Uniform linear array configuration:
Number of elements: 12
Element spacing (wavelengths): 0.5
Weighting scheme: blackman
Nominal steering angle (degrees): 60
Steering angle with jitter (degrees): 61.603
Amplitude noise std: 0.05
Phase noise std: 0.05

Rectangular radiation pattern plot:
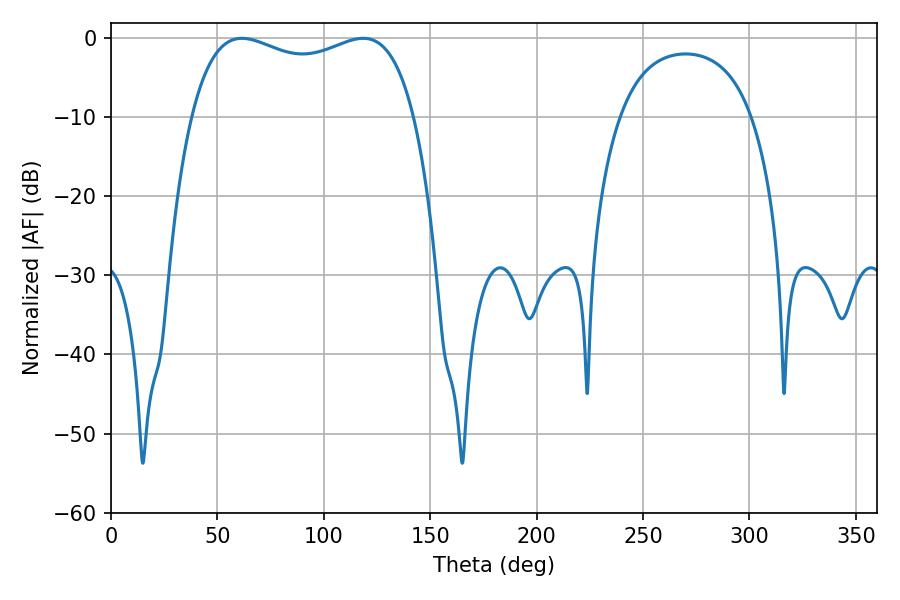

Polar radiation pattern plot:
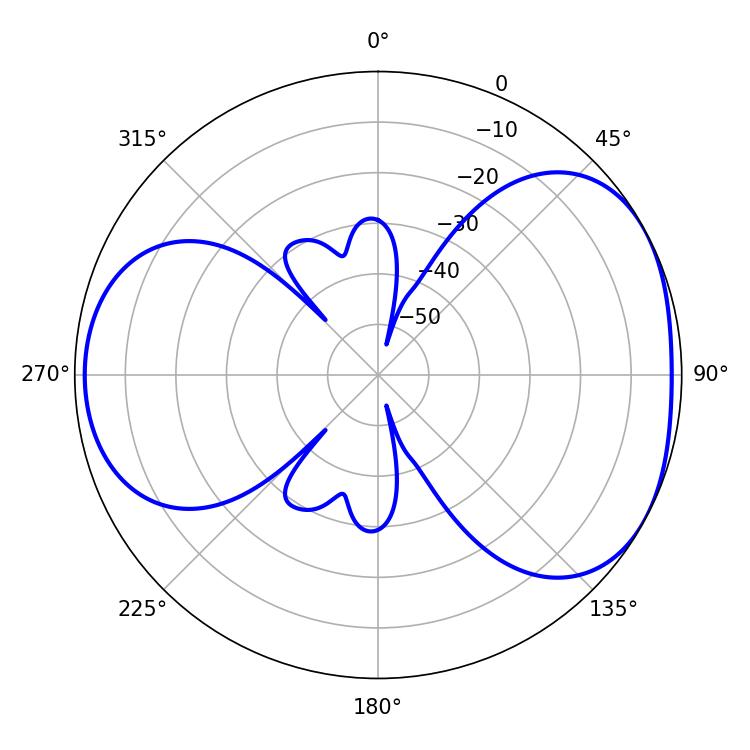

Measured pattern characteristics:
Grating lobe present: FALSE
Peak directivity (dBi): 4.496
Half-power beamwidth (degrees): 86.04
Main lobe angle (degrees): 61.56